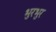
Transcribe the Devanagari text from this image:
भुरभुर